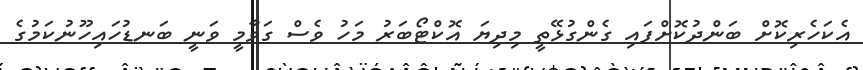
އެކަހެރިކޮށް ބަންދުކޮށްފައި ގެންގުޅޭތީ މިދިޔަ އޮކްޓޯބަރު މަހު ވެސް ގަވާމީ ވަނީ ބަނޑުހައިހޫނުކަމުގެ